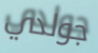
جولدي